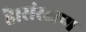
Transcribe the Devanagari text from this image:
है।संरक्षण